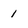
Character: 1